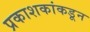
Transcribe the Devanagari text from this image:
प्रकाशकांकडून